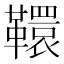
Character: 𩍡